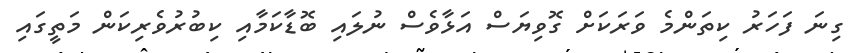
ގިނަ ފަހަރު ކިތަންމެ ވަރަކަށް ގޮވިޔަސް އަޅާވެސް ނުލައި ބޮޑާކަމާއި ކިބުރުވެރިކަން މަތީގައި